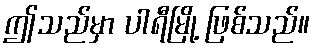
ဤသည်မှာ ပါရီမြို့ ဖြစ်သည်။